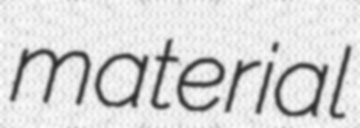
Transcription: material